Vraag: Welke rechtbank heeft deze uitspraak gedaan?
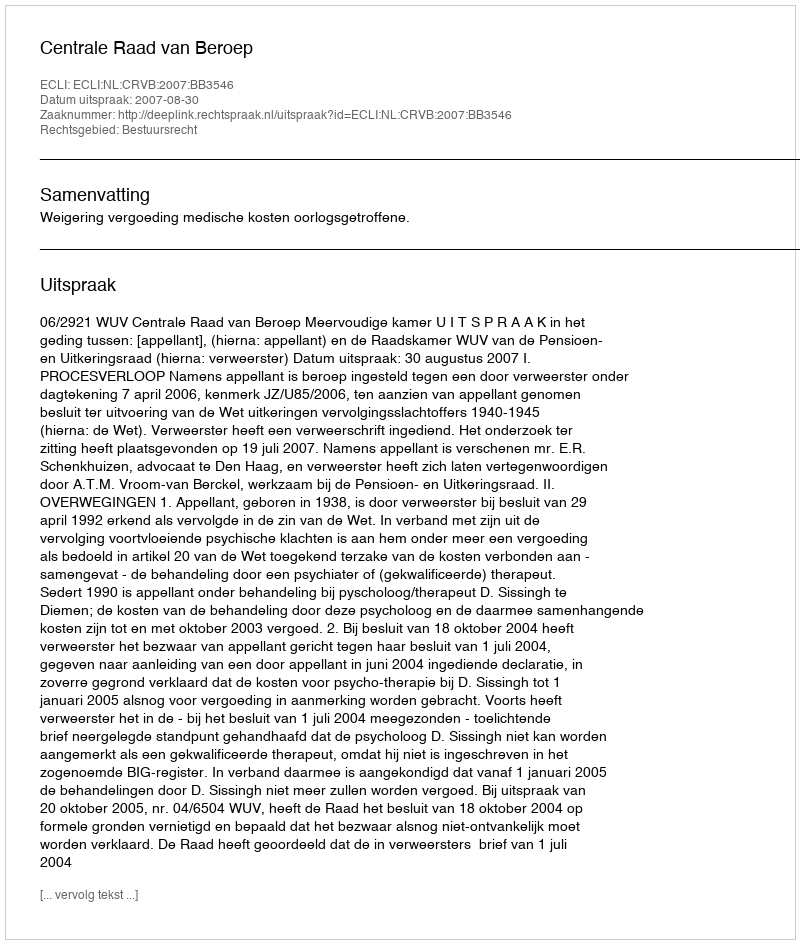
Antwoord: Centrale Raad van Beroep